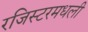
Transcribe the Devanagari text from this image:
रजिस्‍टरमधली